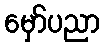
မှော်ပညာ